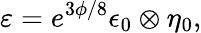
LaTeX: {\varepsilon=e^{3\phi/8}\epsilon_{0}\otimes\eta_{0},}